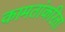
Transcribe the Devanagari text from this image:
कामतांकरिता